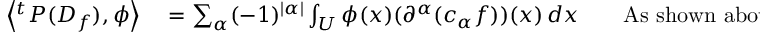
\begin{array} { r l r l } { \left\langle { } ^ { t } P ( D _ { f } ) , \phi \right\rangle } & { { } = \sum _ { \alpha } ( - 1 ) ^ { | \alpha | } \int _ { U } \phi ( x ) ( \partial ^ { \alpha } ( c _ { \alpha } f ) ) ( x ) \, d x } & { } & { { } { \mathrm { A s ~ s h o w n ~ a b o v e } } } \end{array}